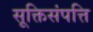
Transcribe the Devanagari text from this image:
सूक्तिसंपत्ति